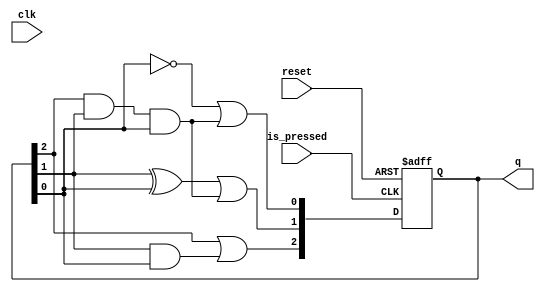
/* CSED273 Final project */

`timescale 1ns / 1ps

module Counter(
    input is_pressed,
    input reset,
    input clk,
    output reg [2:0] q
    );
    /*
    The counter that counts length of input word

    :input clk: clock, 1 when keypad button(except star button) pressed, 0 when not   
    :input reset: 
    :input is_star_pressed: 1 when star button pressed, 0 when not
    :output reg [2:0] q: binary number count
    
    Initialize itself at start
    Initialized when is_star_pressed is 1
    Initialized when positive edge of reset

    Synchronous module
    */
    
    always @(posedge is_pressed or posedge reset) begin
        if(reset) begin
            q[2:0] = 3'b000;
        end
        else begin
            q[0] <= ~q[0] | q[2] & q[1] & q[0];
            q[1] <= q[1] ^ q[0] | q[2] & q[1] & q[0];
            q[2] <= q[2] | q[1] & q[0];
        end
    end
endmodule